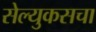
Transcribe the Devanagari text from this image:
सेल्युकसचा